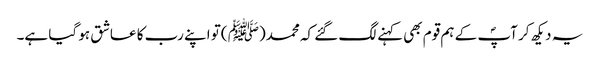
یہ دیکھ کر آپؐ کے ہم قوم بھی کہنے لگ گئے کہ محمد(ﷺ )تو اپنے رب کا عاشق ہو گیا ہے۔